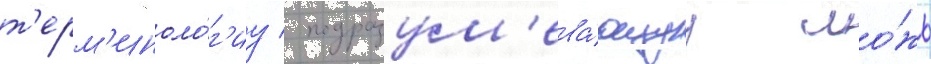
т'ерм'иноло́г'иу / подразум'ева́ющуу ло́жь